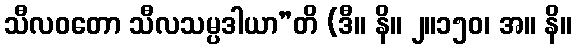
သီလဝတော သီလသမ္ပဒါယာ”တိ (ဒီ။ နိ။ ၂။၁၅၀၊ အ။ နိ။